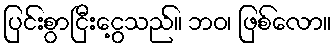
ပြင်းစွာငြီးငွေ့သည်။ ဘဝ၊ ဖြစ်လော။